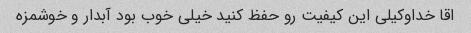
اقا خداوکیلی این کیفیت رو حفظ کنید خیلی خوب بود آبدار و خوشمزه